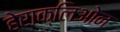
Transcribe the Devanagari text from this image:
हेराक्लिओन